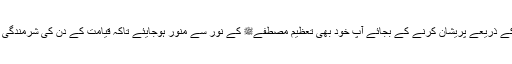
لوگوں کو غلط میسج کے ذریعے پریشان کرنے کے بجائے آپ خود بھی تعظیم مصطفےﷺ کے نور سے منور ہوجایئے تاکہ قیامت کے دن کی شرمندگی سے محفوظ رہ سکیں۔